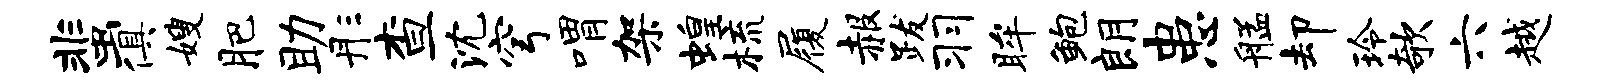
蜚俱嫂肥助彤查沈穹喟架蝗梳履赧跋羽眸鲍朗患艋却玲欹六越